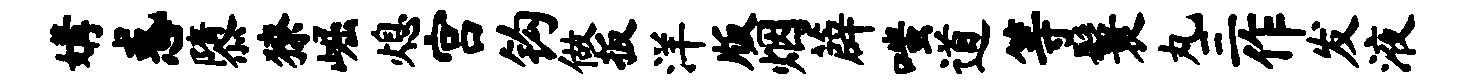
媾惑隳獠崛熄宫钩做扳洋版烟薜嗤道等鬟丸三作发液